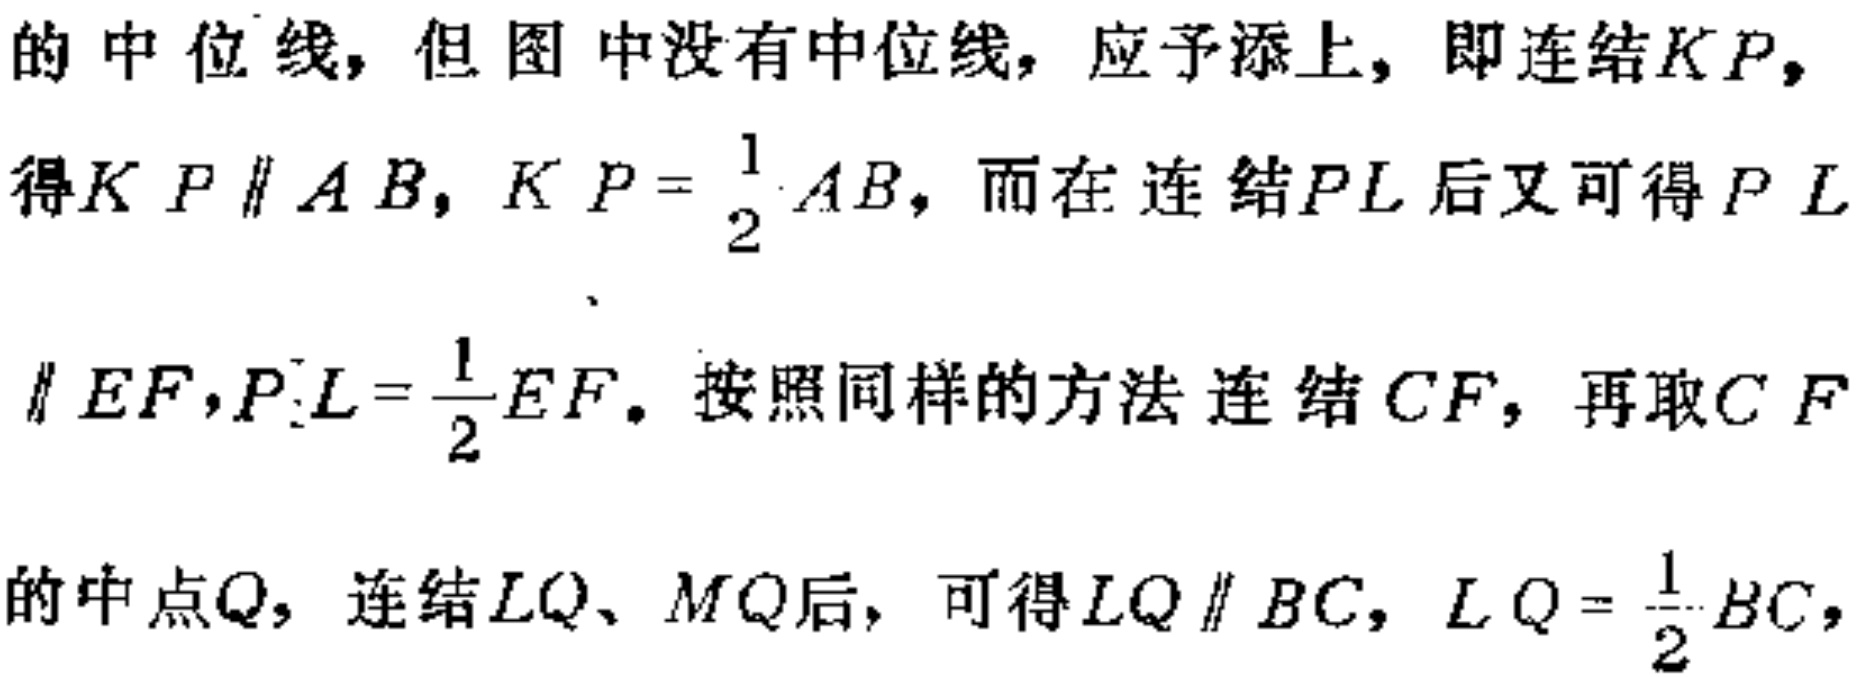
的中位线，但图中没有中位线，应予添上，即连结\(KP\)，

得\(KP\parallel AB\)，\(KP = \frac{1}{2}AB\)，而在连结\(PL\)后又可得\(PL\)

\(\parallel EF\)，\(PL=\frac{1}{2}EF\)。按照同样的方法连结\(CF\)，再取\(CF\)

的中点\(Q\)，连结\(LQ\)、\(MQ\)后，可得\(LQ\parallel BC\)，\(LQ = \frac{1}{2}BC\)，